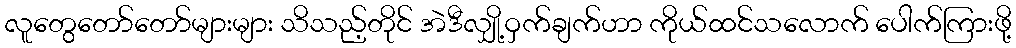
လူတွေတော်တော်များများ သိသည့်တိုင် အဲဒီလျှို့ဝှက်ချက်ဟာ ကိုယ်ထင်သလောက် ပေါက်ကြားဖို့